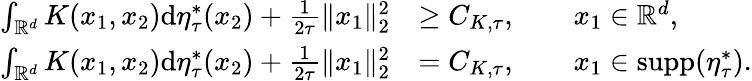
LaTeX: \begin{array}{rl}{\int_{\mathbb{R}^{d}}K(x_{1},x_{2})\mathrm{d}\eta_{\tau}^{*}(x_{2})+\frac{1}{2\tau}\| x_{1}\| _{2}^{2}}&{\ge C_{K,\tau},\qquad x_{1}\in\mathbb{R}^{d},}\\ {\int_{\mathbb{R}^{d}}K(x_{1},x_{2})\mathrm{d}\eta_{\tau}^{*}(x_{2})+\frac{1}{2\tau}\| x_{1}\| _{2}^{2}}&{=C_{K,\tau},\qquad x_{1}\in\mathrm{supp}(\eta_{\tau}^{*}).}\end{array}